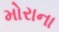
મોરાના